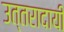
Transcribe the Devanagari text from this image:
उत्तरादायी